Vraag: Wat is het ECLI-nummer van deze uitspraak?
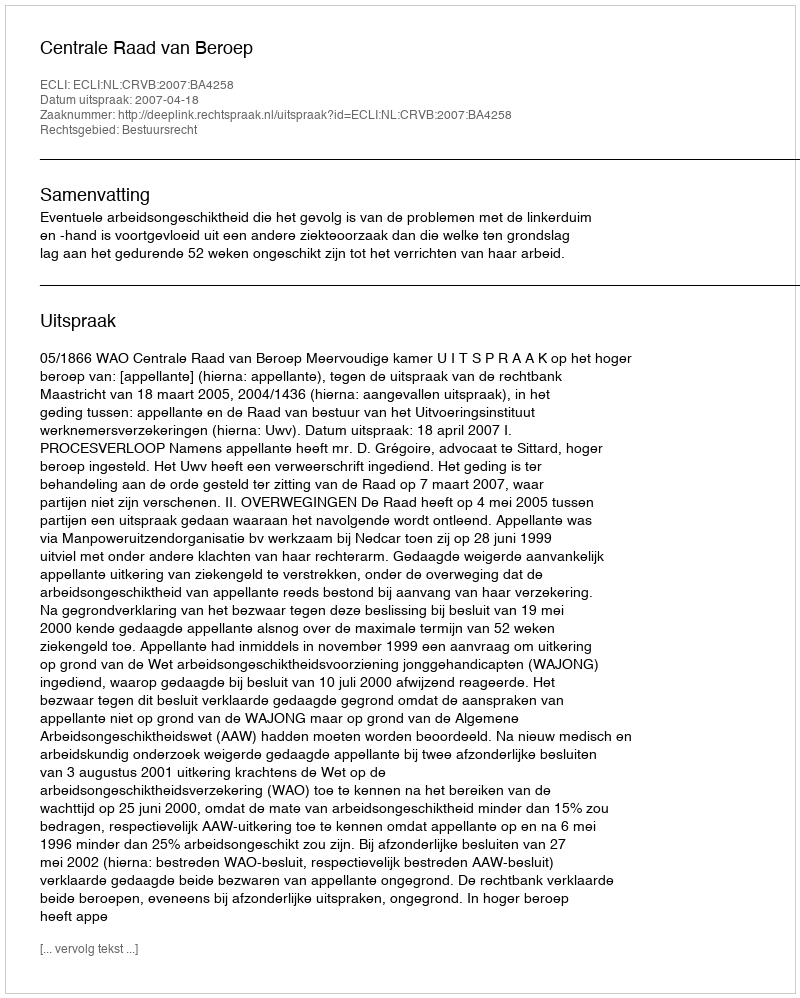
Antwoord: ECLI:NL:CRVB:2007:BA4258